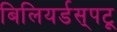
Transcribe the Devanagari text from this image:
बिलियर्डस्‌पटू